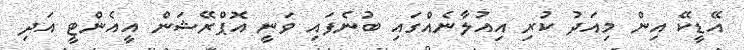
އޭޑީކޭ އިން މިއަދު ކުރި އިއުލާނެއްގައި ބުނެފައި ވަނީ އޮޕްރޭޝަން އީއެންޓީ އަދި